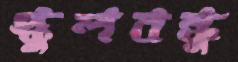
স্কুলবন্ধু